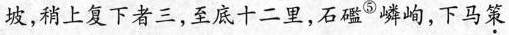
坡，稍上复下者三，至底十二里，石礛^{⑤}嶙峋，下马策